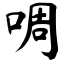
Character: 啁